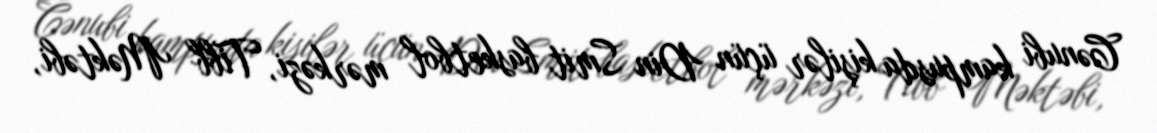
Cənubi kampusda kişilər üçün Din Smit basketbol mərkəzi, Tibb Məktəbi,